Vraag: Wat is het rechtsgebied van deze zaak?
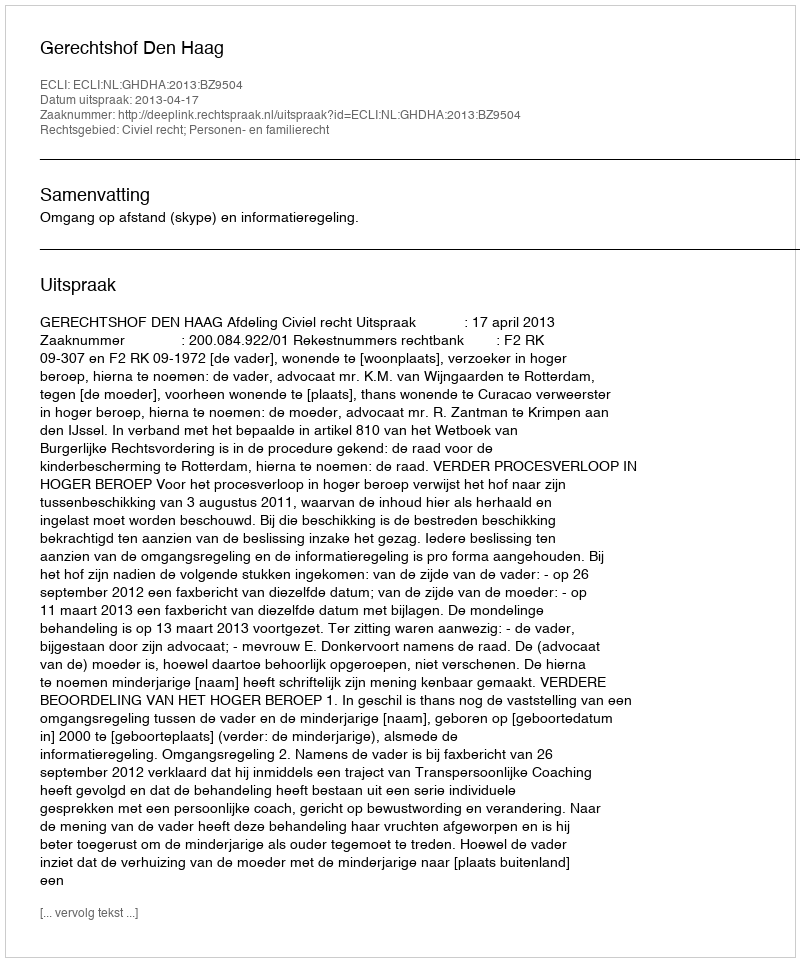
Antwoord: Civiel recht; Personen- en familierecht